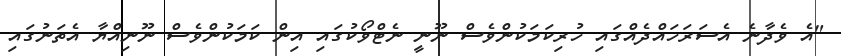
"އެ ވެދާނެ އެސަރަހައްދެއްގައި ހުރިކަމަކުންވެސް ނޫނީ ނެޓްވޯކުގައި އިން ކަމަކުންވެސް ނޫނިއްޔާ އެތަނުގައި